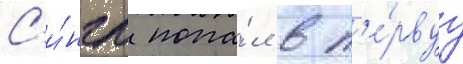
С'и́нгл попа́л в п'е́рвуу